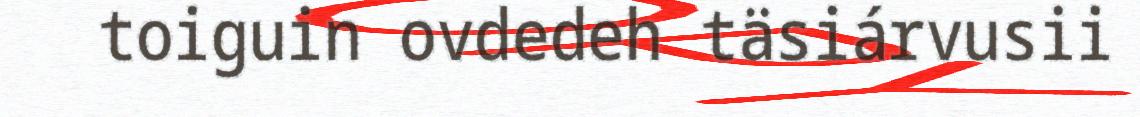
toiguin ovdedeh täsiárvusii